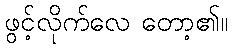
ဖွင့်လိုက်လေ တော့၏။